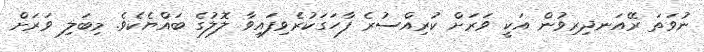
ނުވަތަ ރޭއަނދިރިވުން އަކީ ވަރަށް ކުރިއްސުރެ ފާހަގަކުރެވިފައިވާ ލޮލުގެ ބައްޔެކެވެ. މިބަލި ވަރަށް